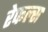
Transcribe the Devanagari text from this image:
रेफल्स